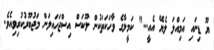
ޔޫ ޑިނައި އަމިއްލަ ލެޔޭ އެއީ..." ކަމީލާގެ ވާހަކަތަކުން ލޫކަސް އިސްޖަހައިލަން މަޖުބޫރުކުރިވިއެވެ.